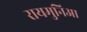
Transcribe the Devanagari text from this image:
रायमुनिआ